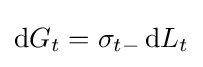
\mathrm {d} G_{t}=\sigma _{t-}\,\mathrm {d} L_{t}